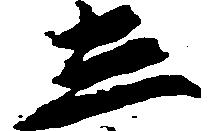
し